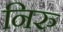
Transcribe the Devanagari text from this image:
निरु